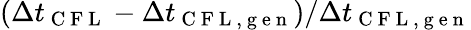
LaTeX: (\Delta t_{\mathrm{~C~F~L~}}-\Delta t_{\mathrm{~C~F~L~,~g~e~n~}})/\Delta t_{\mathrm{~C~F~L~,~g~e~n~}}